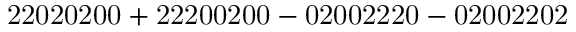
\mathrm { 2 2 0 2 0 2 0 0 + 2 2 2 0 0 2 0 0 - 0 2 0 0 2 2 2 0 - 0 2 0 0 2 2 0 2 }